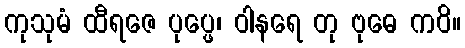
ကုသုမံ ထီရဇေ ပုပ္ဖေ၊ ဝါနရေ တု ဗုဓေ ကဝိ။